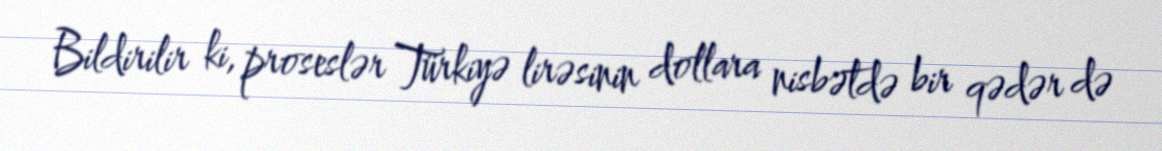
Bildirilir ki, proseslər Türkiyə lirəsinin dollara nisbətdə bir qədər də